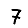
Digit: 7